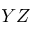
Y Z